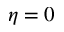
\eta = 0